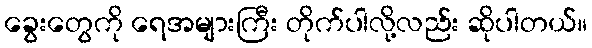
ခွေးတွေကို ရေအများကြီး တိုက်ပါလို့လည်း ဆိုပါတယ်။